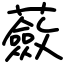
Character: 蘞